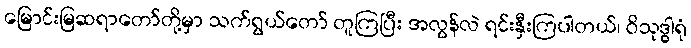
မြောင်းမြဆရာတော်တို့မှာ သက်ရွယ်တော် တူကြပြီး အလွန်လဲ ရင်းနှီးကြပါတယ်၊ ဝိသုဒ္ဓါရုံ